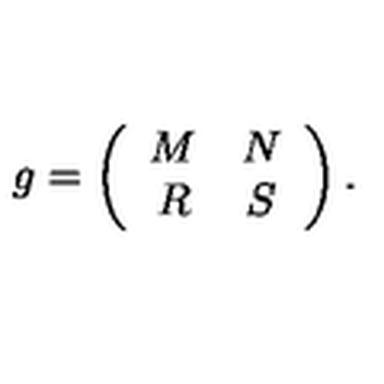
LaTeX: g = \left( \begin{array} { c c } { M } & { N } \\ { R } & { S } \\ \end{array} \right) .